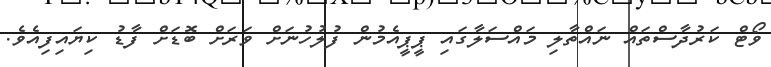
ވޯޓް ކަރުދާސްތައް ނައްތާލި މައްސަލާގައި ޕީޕީއެމުން ފުލުހުނަށް ވަރަށް ބޮޑަށް ފާޑު ކިޔައިފިއެވެ.